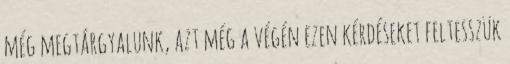
még megtárgyalunk, azt még a végén ezen kérdéseket feltesszük